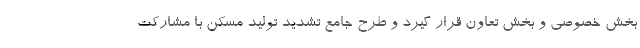
بخش خصوصی و بخش تعاون قرار گیرد و طرح جامع تشدید تولید مسکن با مشارکت